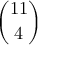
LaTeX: \binom { 1 1 } { 4 }